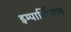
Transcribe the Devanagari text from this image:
इम्पार्शिअल